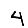
Digit: 4